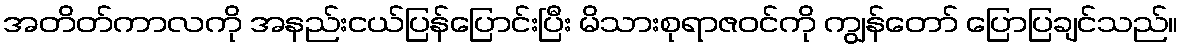
အတိတ်ကာလကို အနည်းငယ်ပြန်ပြောင်းပြီး မိသားစုရာဇဝင်ကို ကျွန်တော် ပြောပြချင်သည်။